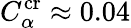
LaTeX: C_{\alpha}^{\mathrm{cr}}\approx 0.04